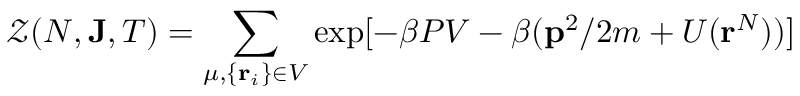
{ \mathcal { Z } } ( N , \mathbf { J } , T ) = \sum _ { \mu , \{ \mathbf { r } _ { i } \} \in V } \exp [ - \beta P V - \beta ( \mathbf { p } ^ { 2 } / 2 m + U ( \mathbf { r } ^ { N } ) ) ]